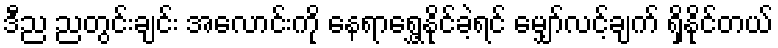
ဒီည ညတွင်းချင်း အလောင်းကို နေရာရွှေ့နိုင်ခဲ့ရင် မျှော်လင့်ချက် ရှိနိုင်တယ်